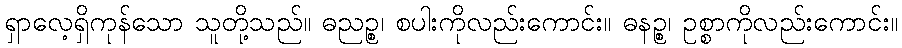
ရှာလေ့ရှိကုန်သော သူတို့သည်။ ဓညဉ္စ၊ စပါးကိုလည်းကောင်း။ ဓနဉ္စ၊ ဥစ္စာကိုလည်းကောင်း။